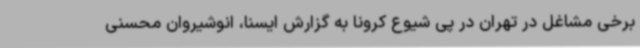
برخی مشاغل در تهران در پی شیوع کرونا به گزارش ایسنا، انوشیروان محسنی